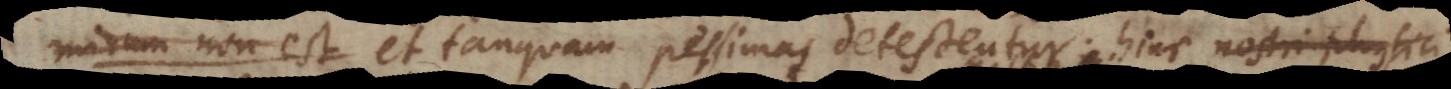
mirum non est et tanquam pessimas detestantur, hinc nostri physici